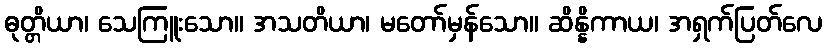
ဓုတ္တိယာ၊ သေကြူးသော။ အသတိယာ၊ မတော်မှန်သော။ ဆိန္နိကာယ၊ အရှက်ပြတ်လေ